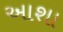
આશા